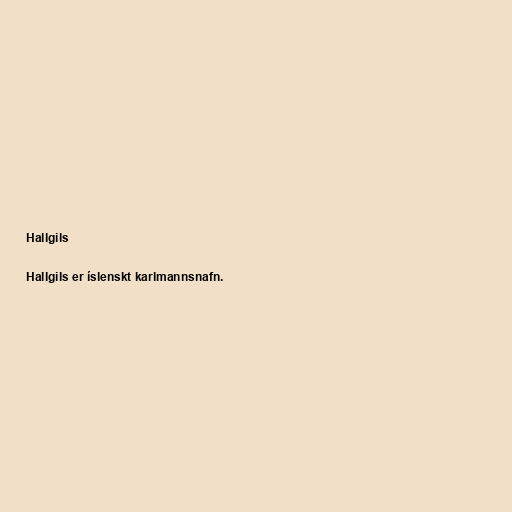
Hallgils

Hallgils er íslenskt karlmannsnafn.